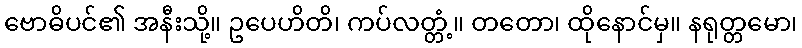
ဗောဓိပင်၏ အနီးသို့။ ဥပေဟိတိ၊ ကပ်လတ္တံ့။ တတော၊ ထိုနောင်မှ။ နရုတ္တမော၊